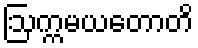
ဩက္ကမယတောတိ